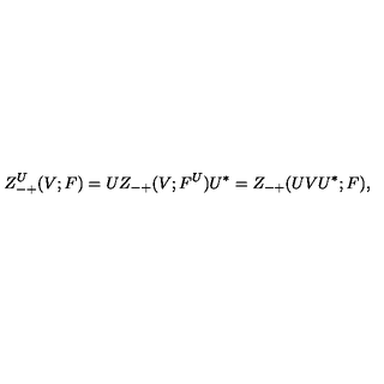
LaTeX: Z _ { - + } ^ { U } ( V ; F ) = U Z _ { - + } ( V ; F ^ { U } ) U ^ { * } = Z _ { - + } ( U V U ^ { * } ; F ) ,